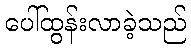
ပေါ်ထွန်းလာခဲ့သည်